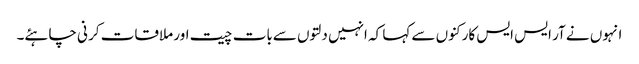
انہوں نے آر ایس ایس کارکنوں سے کہا کہ انہیں دلتوں سےبات چیت اور ملاقات کر نی چاہئے۔